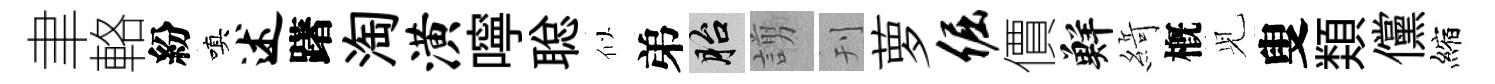
聿輅紛嗔述躇淘潢嚀聪似弟胎謭刊萝倔價鮮𦂶槪𫤗叟𩔖儻縮